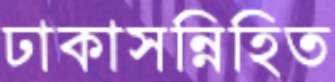
ঢাকাসন্নিহিত